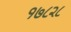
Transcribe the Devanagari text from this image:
१७८२८